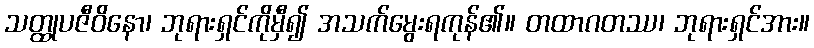
သတ္ထုပဇီဝိနော၊ ဘုရားရှင်ကိုမှီ၍ အသက်မွေးရကုန်၏။ တထာဂတဿ၊ ဘုရားရှင်အား။